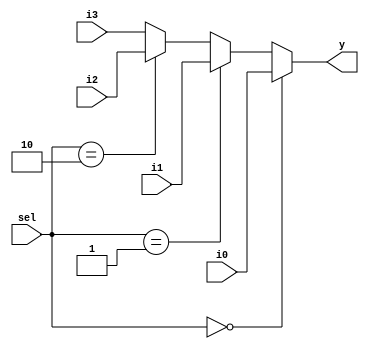
module mux_2bit_4_1
(
    input[1:0] i0,
    input[1:0] i1,
    input[1:0] i2,
    input[1:0] i3,
    input[1:0] sel, 
    output[1:0] y
);
	assign y = (sel==2'b00) ? i0 :
        	(sel==2'b01) ? i1 :
 		(sel==2'b10) ? i2 : i3;
endmodule